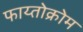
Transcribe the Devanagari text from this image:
फाय्तोक्रोम